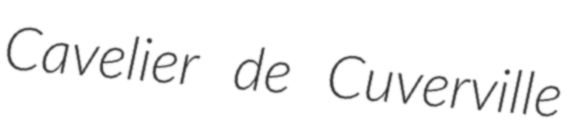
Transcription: Cavelier de Cuverville